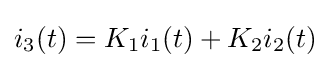
i_{3}(t)=K_{1}i_{1}(t)+K_{2}i_{2}(t)